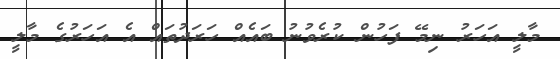
މާލީ އަހަރު ނިމޭ ފަހުން ކުރެވުނު ބައެއް ހަރަދުތައް އެ އަހަރުގެ މާލީ